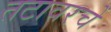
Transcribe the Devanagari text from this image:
तटावरचे